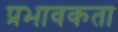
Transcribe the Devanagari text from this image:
प्रभावकता